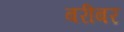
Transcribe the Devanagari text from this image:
बरीबर